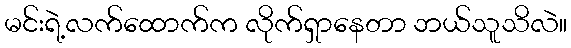
မင်းရဲ့လက်ထောက်က လိုက်ရှာနေတာ ဘယ်သူသိလဲ။